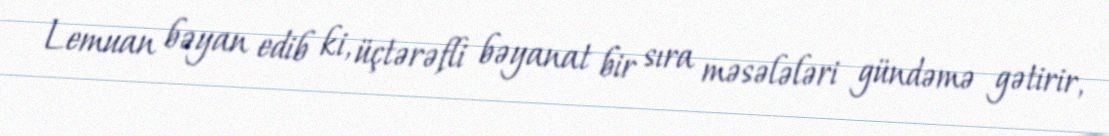
Lemuan bəyan edib ki, üçtərəfli bəyanat bir sıra məsələləri gündəmə gətirir,